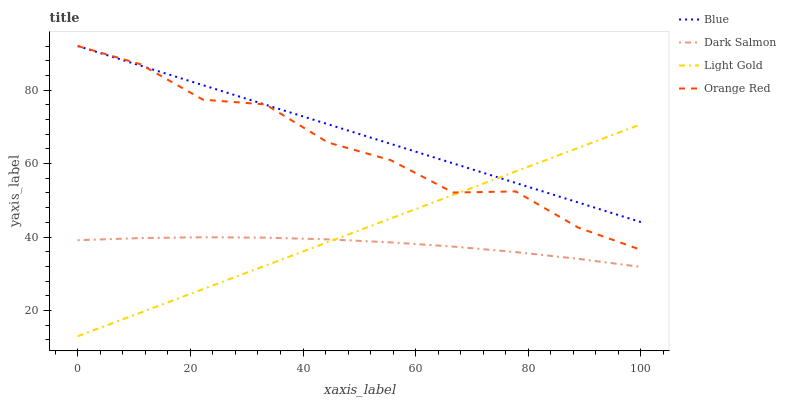
| xaxis_label | Blue | Dark Salmon | Light Gold | Orange Red |
 | --- | --- | --- | --- | --- |
 | 0 | 92 | 39.1 | 13 | 92 |
 | 11.1 | 86.7 | 39.7 | 19.4 | 87.1 |
 | 22.2 | 81.4 | 39.9 | 25.8 | 77.4 |
 | 33.3 | 76 | 39.8 | 32.2 | 76.1 |
 | 44.4 | 70.7 | 39.4 | 38.6 | 65.7 |
 | 55.6 | 65.4 | 38.6 | 45 | 60.9 |
 | 66.7 | 60.1 | 37.4 | 51.5 | 52.1 |
 | 77.8 | 54.7 | 35.9 | 57.9 | 52.4 |
 | 88.9 | 49.4 | 34.1 | 64.3 | 42.6 |
 | 100 | 44.1 | 31.9 | 70.7 | 36.5 |